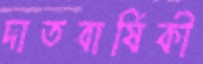
দাতবার্ষিকী